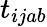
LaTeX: t_{ijab}